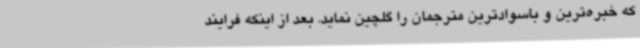
که خبره‌ترین و باسوادترین مترجمان را گلچین نماید. بعد از اینکه فرایند